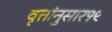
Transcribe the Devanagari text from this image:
वृत्तांनुसार१९